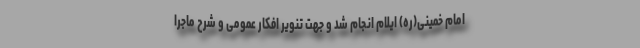
امام خمینی(ره) ایلام انجام شد و جهت تنویر افکار عمومی و شرح ماجرا